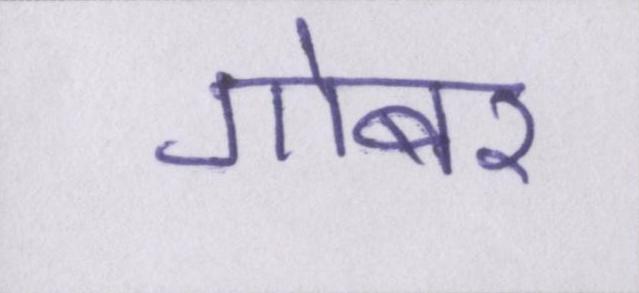
गोबर